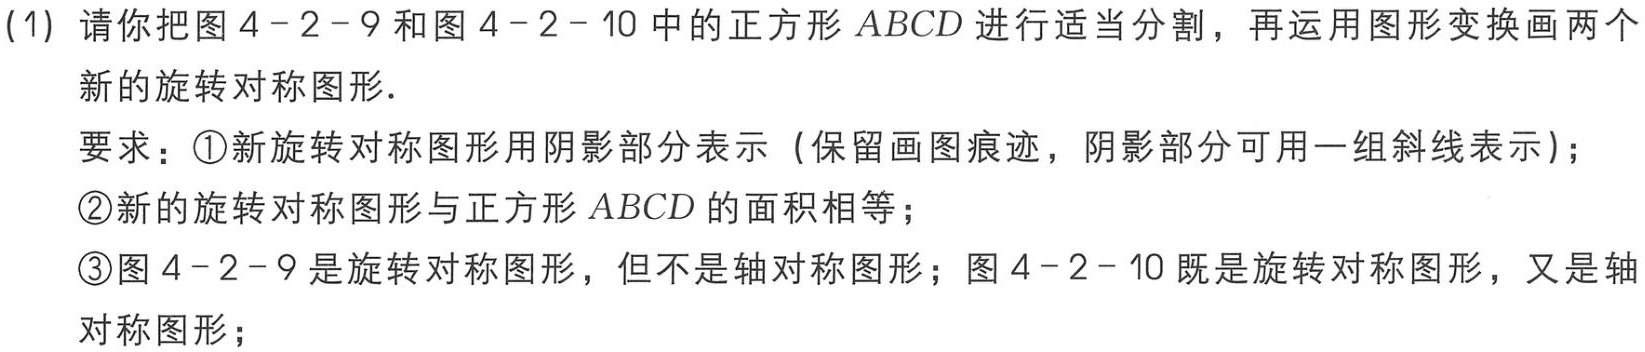
(1) 请你把图 4 - 2 - 9 和图 4 - 2 - 10 中的正方形 \(ABCD\) 进行适当分割，再运用图形变换画两个

新的旋转对称图形．

要求：\textcircled{1}新旋转对称图形用阴影部分表示（保留画图痕迹，阴影部分可用一组斜线表示）；

\textcircled{2}新的旋转对称图形与正方形 \(ABCD\) 的面积相等；

\textcircled{3}图 4 - 2 - 9 是旋转对称图形，但不是轴对称图形；图 4 - 2 - 10 既是旋转对称图形，又是轴

对称图形；